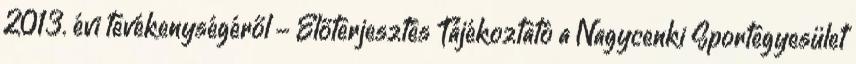
2013. évi tevékenységéről - Előterjesztés Tájékoztató a Nagycenki Sportegyesület